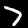
Label: 7